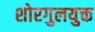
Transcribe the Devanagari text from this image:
शोरगुलयुक्त